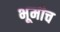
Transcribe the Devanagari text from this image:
भूमीच